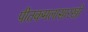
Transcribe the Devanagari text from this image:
पीतकमलासारखी